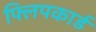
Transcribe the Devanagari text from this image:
फ्लिपकार्ड